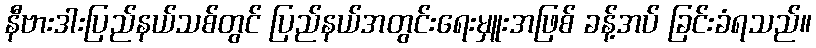
နီဗားဒါးပြည်နယ်သစ်တွင် ပြည်နယ်အတွင်းရေးမှူးအဖြစ် ခန့်အပ် ခြင်းခံရသည်။